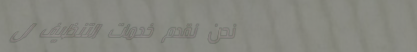
نحن نقدم خدمات التنظيف ال